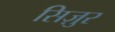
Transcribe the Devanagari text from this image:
सिज़ुर